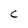
Character: C